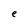
Character: e